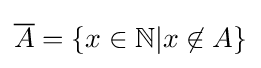
{\overline {A}}=\{x\in \mathbb {N} |x\not \in A\}